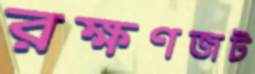
রক্ষণজট